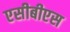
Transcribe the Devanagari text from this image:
एसीबीएस